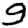
Digit: 9